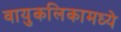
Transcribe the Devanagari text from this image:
वायुकलिकामध्ये